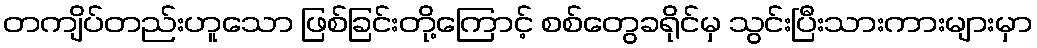
တကျိပ်တည်းဟူသော ဖြစ်ခြင်းတို့ကြောင့် စစ်တွေခရိုင်မှ သွင်းပြီးသားကားများမှာ